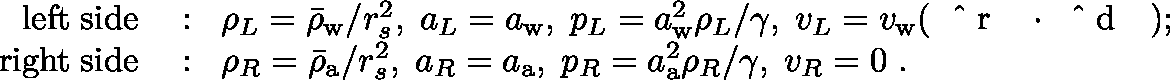
\begin{array} { r l } { \mathrm { l e f t \; s i d e } } & { { } : \; \; \rho _ { L } = \bar { \rho } _ { \mathrm { w } } / r _ { s } ^ { 2 } , \; a _ { L } = a _ { \mathrm { w } } , \; p _ { L } = a _ { \mathrm { w } } ^ { 2 } \rho _ { L } / \gamma , \; v _ { L } = v _ { \mathrm { w } } ( { \mathrm { ~ \boldmath ~ \hat { ~ } { ~ r ~ } ~ \unboldmath ~ } } \cdot { \mathrm { ~ \boldmath ~ \hat { ~ } { ~ d ~ } ~ \unboldmath ~ } } ) ; } \\ { \mathrm { r i g h t \; s i d e } } & { { } : \; \; \rho _ { R } = \bar { \rho } _ { \mathrm { a } } / r _ { s } ^ { 2 } , \; a _ { R } = a _ { \mathrm { a } } , \; p _ { R } = a _ { \mathrm { a } } ^ { 2 } \rho _ { R } / \gamma , \; v _ { R } = 0 \ . } \end{array}